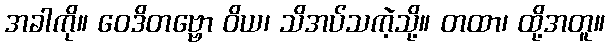
အခါကို။ ဝေဒိတဗ္ဗော ဝိယ၊ သိအပ်သကဲ့သို့။ တထာ၊ ထို့အတူ။